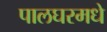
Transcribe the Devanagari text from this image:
पालघरमधे